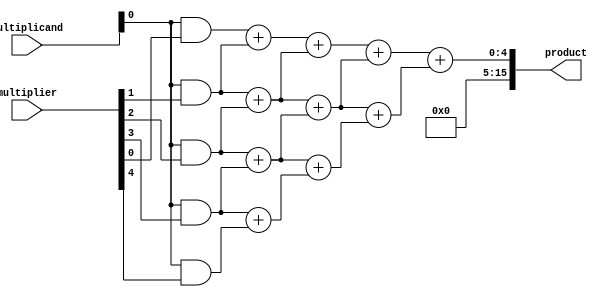
module dadda_multiplier (
    input wire [7:0] multiplicand,
    input wire [7:0] multiplier,
    output reg [15:0] product
);

// Partial Product Generation Block
wire [15:0] partial_products [7:0];
genvar i, j;
generate
    for (i = 0; i < 8; i = i + 1) begin: gen_partial_products
        for (j = 0; j < 8; j = j + 1) begin
            assign partial_products[i + j] = multiplicand[j] & multiplier[i];
        end
    end
endgenerate

// Partial Product Reduction Block
wire [15:0] reduced_partial_products [15:0];
genvar k, l;
generate
    for (k = 0; k < 16; k = k + 1) begin: gen_reduced_partial_products
        assign reduced_partial_products[k] = partial_products[k];
    end
    for (k = 0; k < 4; k = k + 1) begin
        for (l = 0; l < 15; l = l + 1) begin
            assign reduced_partial_products[l] = reduced_partial_products[l] + reduced_partial_products[l + 1];
        end
    end
endgenerate

// Final Addition Stage
always @* begin
    product = reduced_partial_products[0];
end

endmodule